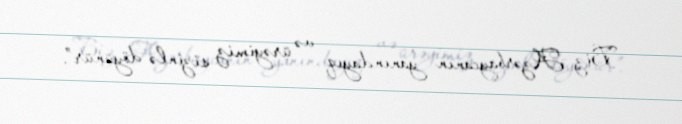
Biz Azərbaycanın yanındayıq və ürəyimiz sizinlə döyünür”.